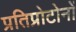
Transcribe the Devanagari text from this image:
प्रतिप्रोटोनों